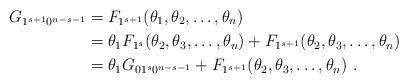
LaTeX: \begin{align*}G_{1^{s+1}0^{n-s-1}} &= F_{1^{s+1}}(\theta_1,\theta_2 ,\ldots,\theta_n) \\&= \theta_1 F_{1^s} (\theta_2, \theta_3, \ldots, \theta_n)+ F_{1^{s+1}}(\theta_2, \theta_3, \ldots, \theta_n) \\&= \theta_1 G_{01^s0^{n-s-1}} + F_{1^{s+1}}(\theta_2, \theta_3, \ldots, \theta_n)~.\end{align*}